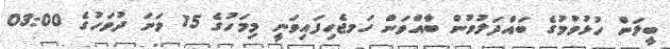
ބީލަން ހުޅުވުމުގެ ބައްދަލުވުން ބާއްވަން ހަަމޖެހިފައިވަނީ މިމަހުގެ 15 ވަނަ ދުވަހުގެ 03:00